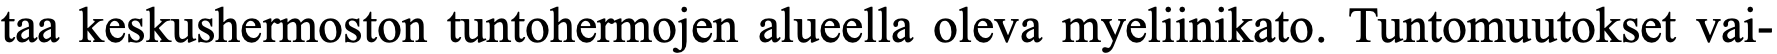
taa keskushermoston tuntohermojen alueella oleva myeliinikato. Tuntomuutokset vai-